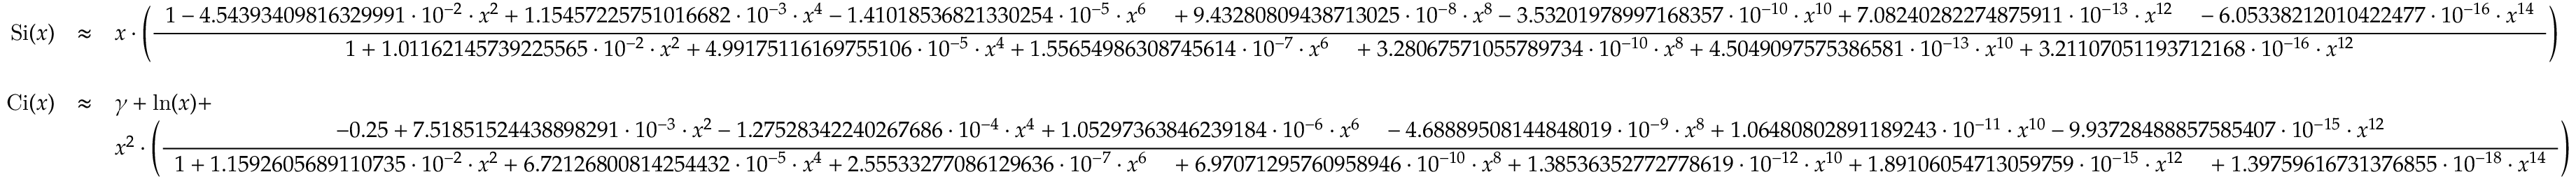
{ \begin{array} { r c l } { \operatorname { S i } ( x ) } & { \approx } & { x \cdot \left( { \frac { \begin{array} { l } { 1 - 4 . 5 4 3 9 3 4 0 9 8 1 6 3 2 9 9 9 1 \cdot 1 0 ^ { - 2 } \cdot x ^ { 2 } + 1 . 1 5 4 5 7 2 2 5 7 5 1 0 1 6 6 8 2 \cdot 1 0 ^ { - 3 } \cdot x ^ { 4 } - 1 . 4 1 0 1 8 5 3 6 8 2 1 3 3 0 2 5 4 \cdot 1 0 ^ { - 5 } \cdot x ^ { 6 } \ ~ ~ + 9 . 4 3 2 8 0 8 0 9 4 3 8 7 1 3 0 2 5 \cdot 1 0 ^ { - 8 } \cdot x ^ { 8 } - 3 . 5 3 2 0 1 9 7 8 9 9 7 1 6 8 3 5 7 \cdot 1 0 ^ { - 1 0 } \cdot x ^ { 1 0 } + 7 . 0 8 2 4 0 2 8 2 2 7 4 8 7 5 9 1 1 \cdot 1 0 ^ { - 1 3 } \cdot x ^ { 1 2 } \ ~ ~ - 6 . 0 5 3 3 8 2 1 2 0 1 0 4 2 2 4 7 7 \cdot 1 0 ^ { - 1 6 } \cdot x ^ { 1 4 } } \end{array} } { \begin{array} { l } { 1 + 1 . 0 1 1 6 2 1 4 5 7 3 9 2 2 5 5 6 5 \cdot 1 0 ^ { - 2 } \cdot x ^ { 2 } + 4 . 9 9 1 7 5 1 1 6 1 6 9 7 5 5 1 0 6 \cdot 1 0 ^ { - 5 } \cdot x ^ { 4 } + 1 . 5 5 6 5 4 9 8 6 3 0 8 7 4 5 6 1 4 \cdot 1 0 ^ { - 7 } \cdot x ^ { 6 } \ ~ ~ + 3 . 2 8 0 6 7 5 7 1 0 5 5 7 8 9 7 3 4 \cdot 1 0 ^ { - 1 0 } \cdot x ^ { 8 } + 4 . 5 0 4 9 0 9 7 5 7 5 3 8 6 5 8 1 \cdot 1 0 ^ { - 1 3 } \cdot x ^ { 1 0 } + 3 . 2 1 1 0 7 0 5 1 1 9 3 7 1 2 1 6 8 \cdot 1 0 ^ { - 1 6 } \cdot x ^ { 1 2 } } \end{array} } } \right) } \\ & { ~ } & \\ { \operatorname { C i } ( x ) } & { \approx } & { \gamma + \ln ( x ) + } \\ & & { x ^ { 2 } \cdot \left( { \frac { \begin{array} { l } { - 0 . 2 5 + 7 . 5 1 8 5 1 5 2 4 4 3 8 8 9 8 2 9 1 \cdot 1 0 ^ { - 3 } \cdot x ^ { 2 } - 1 . 2 7 5 2 8 3 4 2 2 4 0 2 6 7 6 8 6 \cdot 1 0 ^ { - 4 } \cdot x ^ { 4 } + 1 . 0 5 2 9 7 3 6 3 8 4 6 2 3 9 1 8 4 \cdot 1 0 ^ { - 6 } \cdot x ^ { 6 } \ ~ ~ - 4 . 6 8 8 8 9 5 0 8 1 4 4 8 4 8 0 1 9 \cdot 1 0 ^ { - 9 } \cdot x ^ { 8 } + 1 . 0 6 4 8 0 8 0 2 8 9 1 1 8 9 2 4 3 \cdot 1 0 ^ { - 1 1 } \cdot x ^ { 1 0 } - 9 . 9 3 7 2 8 4 8 8 8 5 7 5 8 5 4 0 7 \cdot 1 0 ^ { - 1 5 } \cdot x ^ { 1 2 } } \end{array} } { \begin{array} { l } { 1 + 1 . 1 5 9 2 6 0 5 6 8 9 1 1 0 7 3 5 \cdot 1 0 ^ { - 2 } \cdot x ^ { 2 } + 6 . 7 2 1 2 6 8 0 0 8 1 4 2 5 4 4 3 2 \cdot 1 0 ^ { - 5 } \cdot x ^ { 4 } + 2 . 5 5 5 3 3 2 7 7 0 8 6 1 2 9 6 3 6 \cdot 1 0 ^ { - 7 } \cdot x ^ { 6 } \ ~ ~ + 6 . 9 7 0 7 1 2 9 5 7 6 0 9 5 8 9 4 6 \cdot 1 0 ^ { - 1 0 } \cdot x ^ { 8 } + 1 . 3 8 5 3 6 3 5 2 7 7 2 7 7 8 6 1 9 \cdot 1 0 ^ { - 1 2 } \cdot x ^ { 1 0 } + 1 . 8 9 1 0 6 0 5 4 7 1 3 0 5 9 7 5 9 \cdot 1 0 ^ { - 1 5 } \cdot x ^ { 1 2 } \ ~ ~ + 1 . 3 9 7 5 9 6 1 6 7 3 1 3 7 6 8 5 5 \cdot 1 0 ^ { - 1 8 } \cdot x ^ { 1 4 } } \end{array} } } \right) } \end{array} }